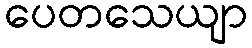
ပေတသေယျာ